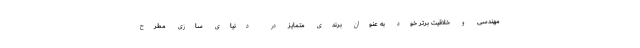
مهندسی و خلاقیت برتر خود به عنوان برندی متمایز در دنیای سازی مطرح